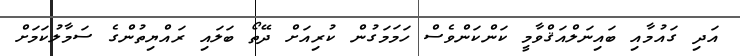
އަދި ގައުމާއި ބައިނަލްއަޤްވާމީ ކަންކަންވެސް ހަމަމަގުން ކުރިއަށް ދޭތޯ ބަލައި ރައްޔިތުންގެ ސަމާލުކަމަށް